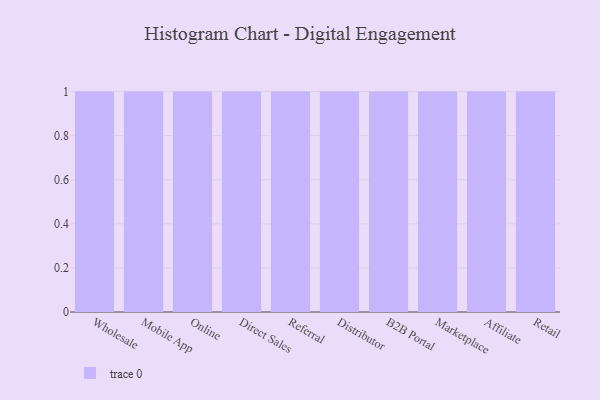
{"axis": {"x": "Channel", "y": "Market Share (%)"}, "legend": [""], "data": [{"x": "Wholesale", "y": 51, "type": ""}, {"x": "Mobile App", "y": 44, "type": ""}, {"x": "Online", "y": 87, "type": ""}, {"x": "Direct Sales", "y": 42, "type": ""}, {"x": "Referral", "y": 38, "type": ""}, {"x": "Distributor", "y": 93, "type": ""}, {"x": "B2B Portal", "y": 90, "type": ""}, {"x": "Marketplace", "y": 94, "type": ""}, {"x": "Affiliate", "y": 68, "type": ""}, {"x": "Retail", "y": 72, "type": ""}]}